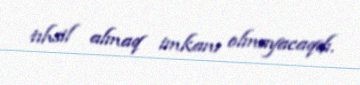
tıhsil almaq imkanı olmayacaqdı.